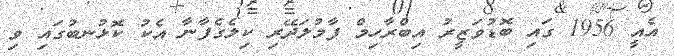
އެއީ 1956 ގައި ބޮޑުވަޒީރު އިބްރާހިމް ފާމުލަދޭރި ކިލެގެފާނާ އެކު ކޮޅުނބުގައި ވި